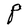
Character: P